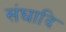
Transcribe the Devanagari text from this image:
संघादि